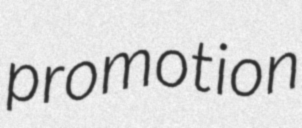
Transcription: promotion